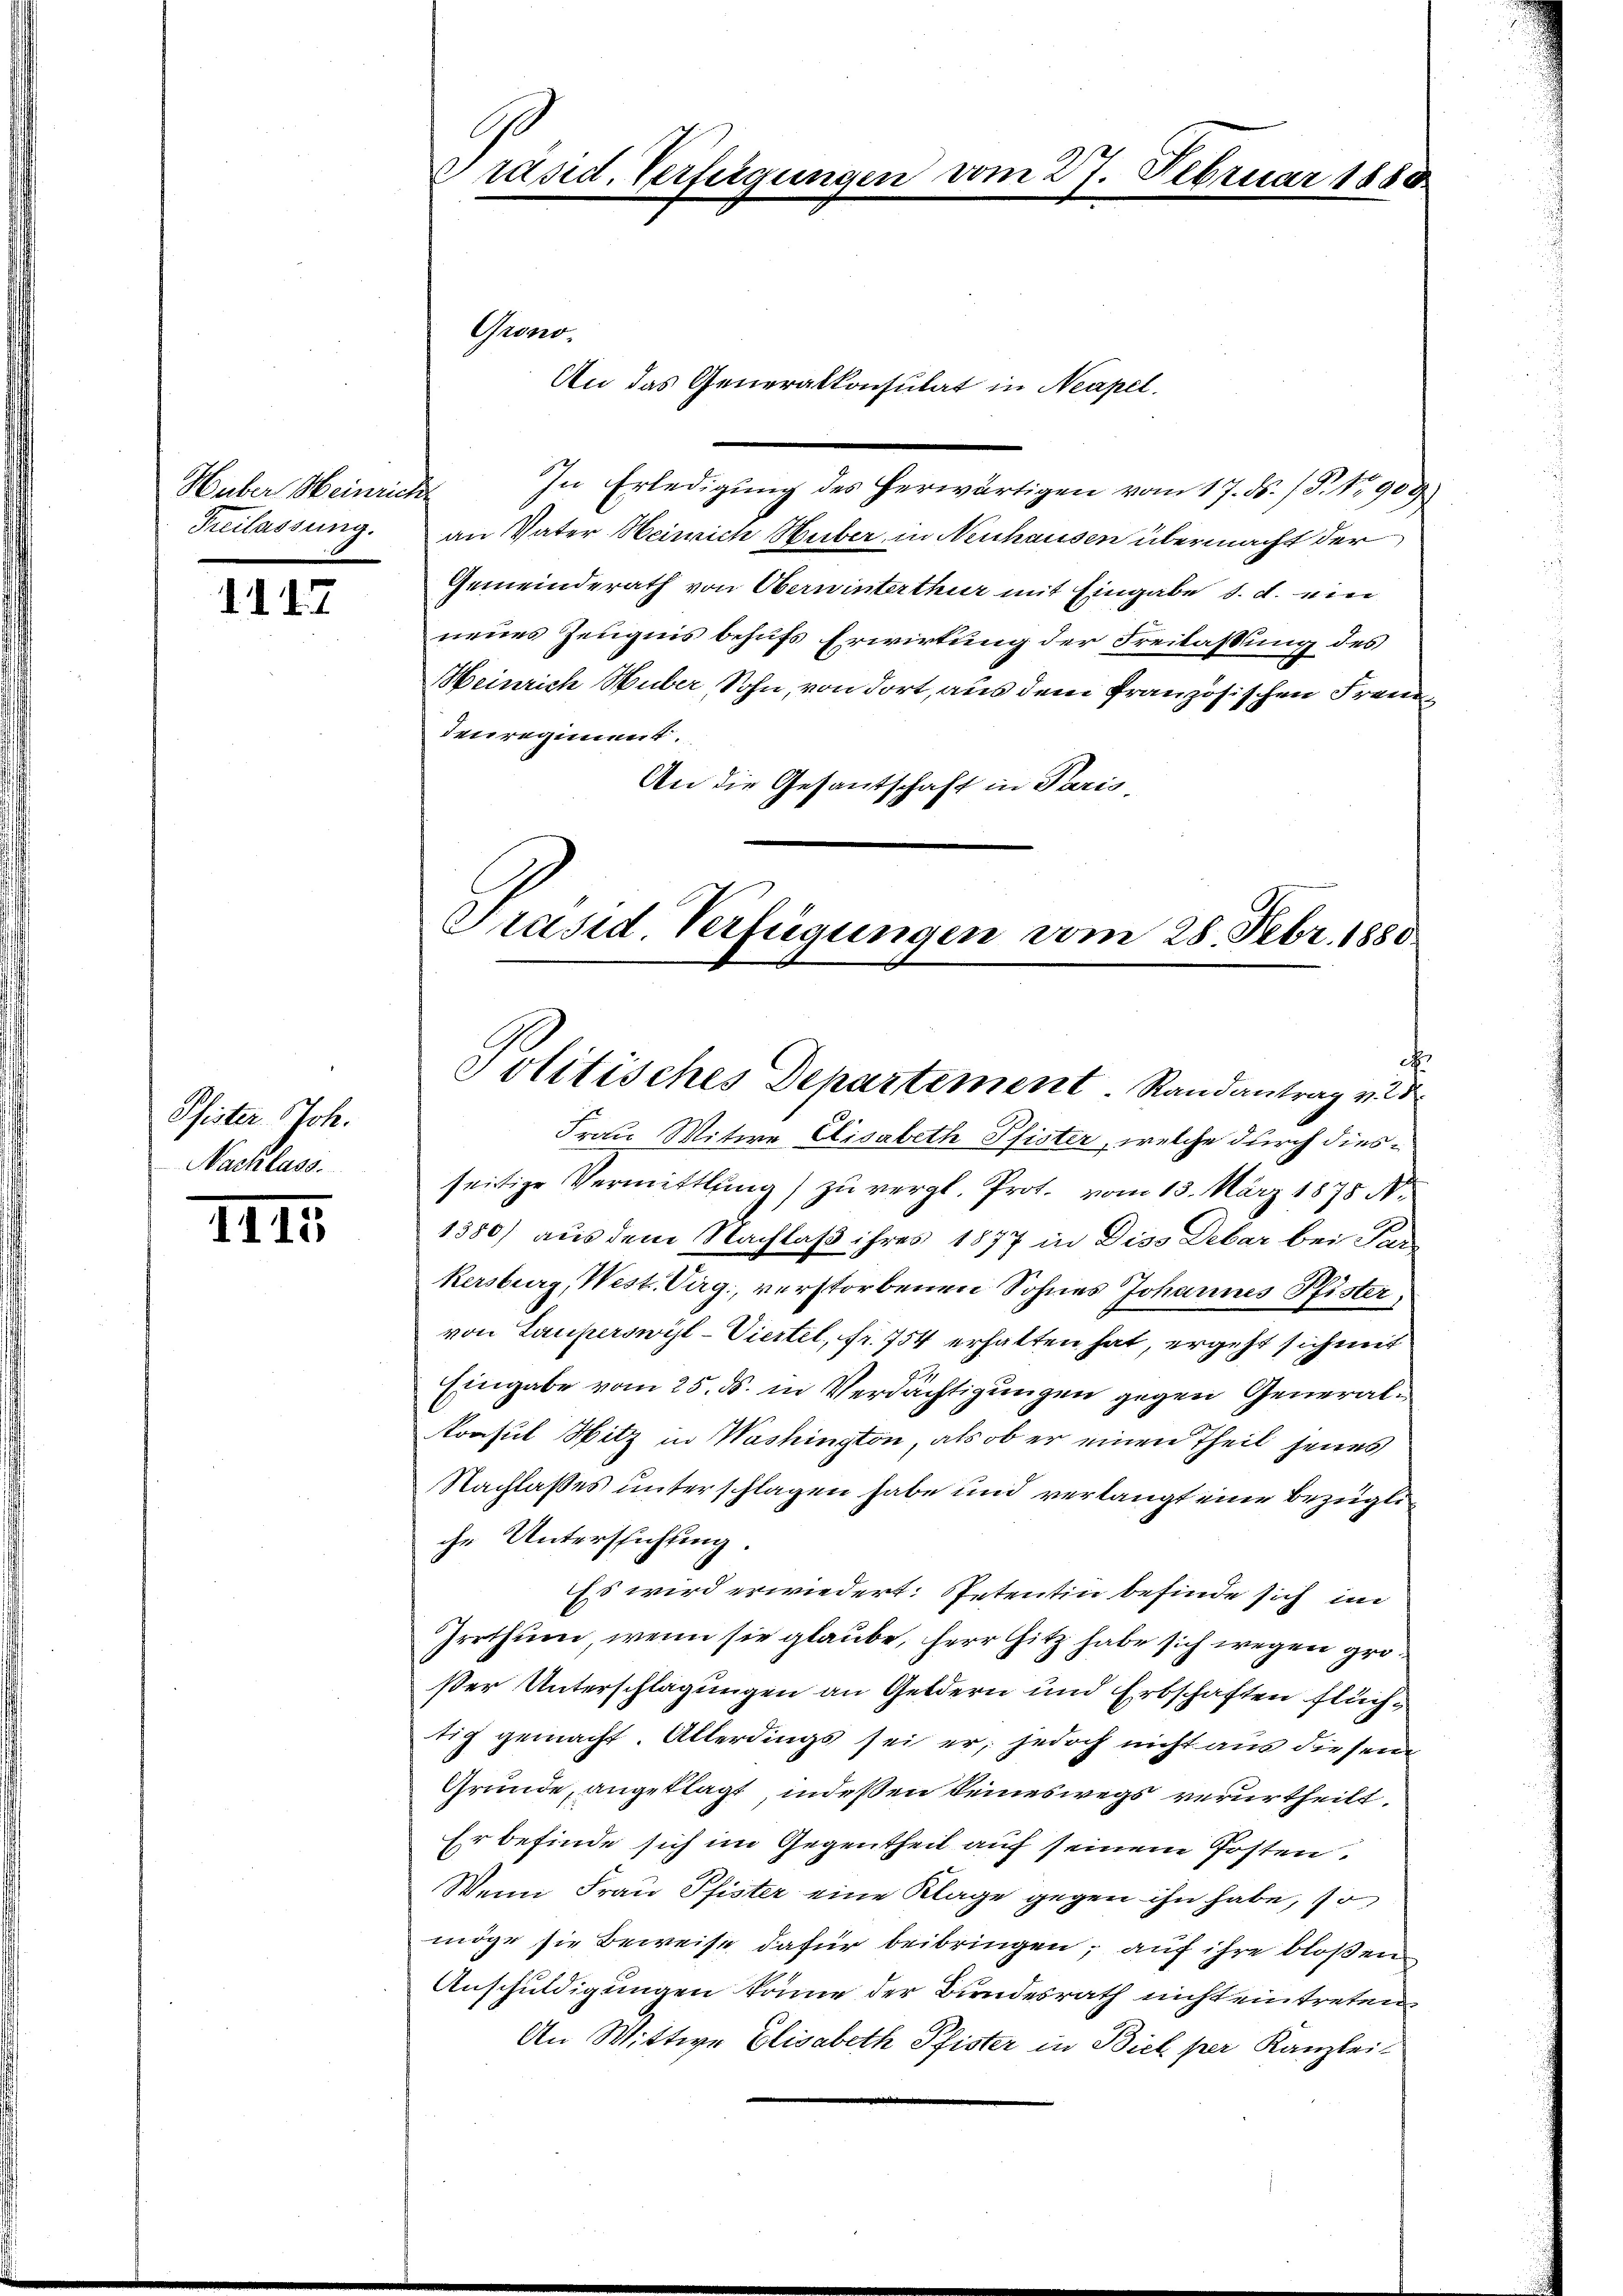
Huber Meinrich
Freilassung.

1147

Pfister, Joh.
Nachlass.

1115

Präsid. Verfügungen vom 27. Februar 1880.

Grono
An das Generalkonsulat in Neapel.
In Erledigung des herwärtigen vom 17. ds. (T.1909
an Vater Heinrich Huber in Neuhausen übermacht der
Gemeinderath von Oberwinterthur mit Eingabe d. d. ein
neues Zeugnis behufs Erwirtung der Freilassung des
Heinrich Huber Sohn, von dort, aus dem französischen Fremden regiment.
An die Gesantschaft in Paris
Präsid. Verfügungen vom 28. Febr. 1883

Politisches Departement. Randantrag vnd

e
Frau Witwe Elisabeth Pfister, welche durch diesseitige Vermittlung) zu vergl. Prot. vom 13. März 1875 N.
1300) aus dem Nachlaß ihres 1877 in Diss Debar bei Parz
kersburg, West. Virg., verstorbenen Sohnes Johannes Pfister,
von Lauperswyl-Viertel, fr. 754 erhalten hat, ergeht sich mit
Eingabe vom 25. ds. in Verdächtigungen gegen General¬
Aonsul Hitz in Washington, als ob er einen Theil jenes
Nachlasses unterschlagen habe und verlangt eine bezügliche Untersuchung.
Es wird erwiedert. Petentin befinde sich im
Irrthum, wenn sie glaube, herr Hitz habe sich wegen großer Unterschlagungen an Geldern und Erbschaften flüchtig gemacht. Allerdings sei er, jedoch nicht aus diesen
Grunde, angeklagt, indeßen keineswegs verurtheilt,
Er befinde sich im Gegentheil auf seinem Posten.
Wenn Frau Pfister eine Klage gegen ihn habe, so
möge sie Beweise dafür beibringen; auf ihre bloßen
Anschuldigungen könne der Bundesrath nicht eintreten
An Wittwe Elisabeth Pfister in Biel per Kanzlei